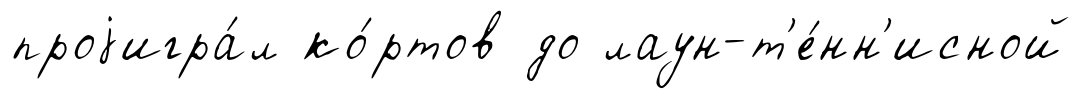
проjигра́л ко́ртов до лаун-т'е́нн'исной